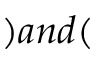
) a n d (